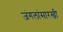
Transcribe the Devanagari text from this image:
जंगलांसारखी